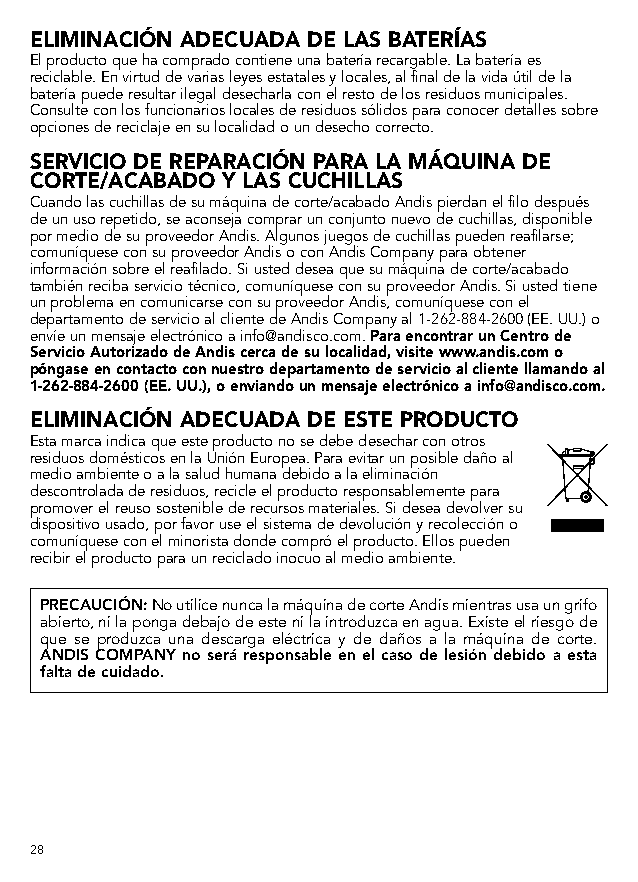
ELIMINACIÓN ADECUADA DE LAS BATERÍAS
 El producto que ha comprado contiene una batería recargable. La batería es
 reciclable. En virtud de varias leyes estatales y locales, al final de la vida útil de la
 batería puede resultar ilegal desecharla con el resto de los residuos municipales.
 Consulte con los funcionarios locales de residuos sólidos para conocer detalles sobre
 opciones de reciclaje en su localidad o un desecho correcto.
 SERVICIO DE REPARACIÓN PARA LA MÁQUINA DE
 CORTE/ACABADO Y LAS CUCHILLAS
 Cuando las cuchillas de su máquina de corte/acabado Andis pierdan el filo después
 de un uso repetido, se aconseja comprar un conjunto nuevo de cuchillas, disponible
 por medio de su proveedor Andis. Algunos juegos de cuchillas pueden reafilarse;
 comuníquese con su proveedor Andis o con Andis Company para obtener
 información sobre el reafilado. Si usted desea que su máquina de corte/acabado
 también reciba servicio técnico, comuníquese con su proveedor Andis. Si usted tiene
 un problema en comunicarse con su proveedor Andis, comuníquese con el
 departamento de servicio al cliente de Andis Company al 1-262-884-2600 (EE. UU.) o
 envíe un mensaje electrónico a info@andisco.com. Para encontrar un Centro de
 Servicio Autorizado de Andis cerca de su localidad, visite www.andis.com o
 póngase en contacto con nuestro departamento de servicio al cliente llamando al
 1-262-884-2600 (EE. UU.), o enviando un mensaje electrónico a info@andisco.com.
 ELIMINACIÓN ADECUADA DE ESTE PRODUCTO
 Esta marca indica que este producto no se debe desechar con otros
 residuos domésticos en la Unión Europea. Para evitar un posible daño al
 medio ambiente o a la salud humana debido a la eliminación
 descontrolada de residuos, recicle el producto responsablemente para
 promover el reuso sostenible de recursos materiales. Si desea devolver su
 dispositivo usado, por favor use el sistema de devolución y recolección o
 comuníquese con el minorista donde compró el producto. Ellos pueden
 recibir el producto para un reciclado inocuo al medio ambiente.
 PRECAUCIÓN: No utilice nunca la máquina de corte Andis mientras usa un grifo
 abierto, ni la ponga debajo de este ni la introduzca en agua. Existe el riesgo de
 que se produzca una descarga eléctrica y de daños a la máquina de corte.
 ANDIS COMPANY no será responsable en el caso de lesión debido a esta
 falta de cuidado.
 28